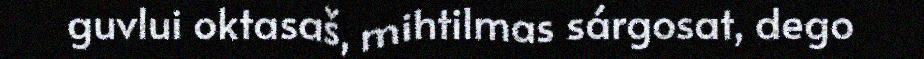
guvlui oktasaš, mihtilmas sárgosat, dego